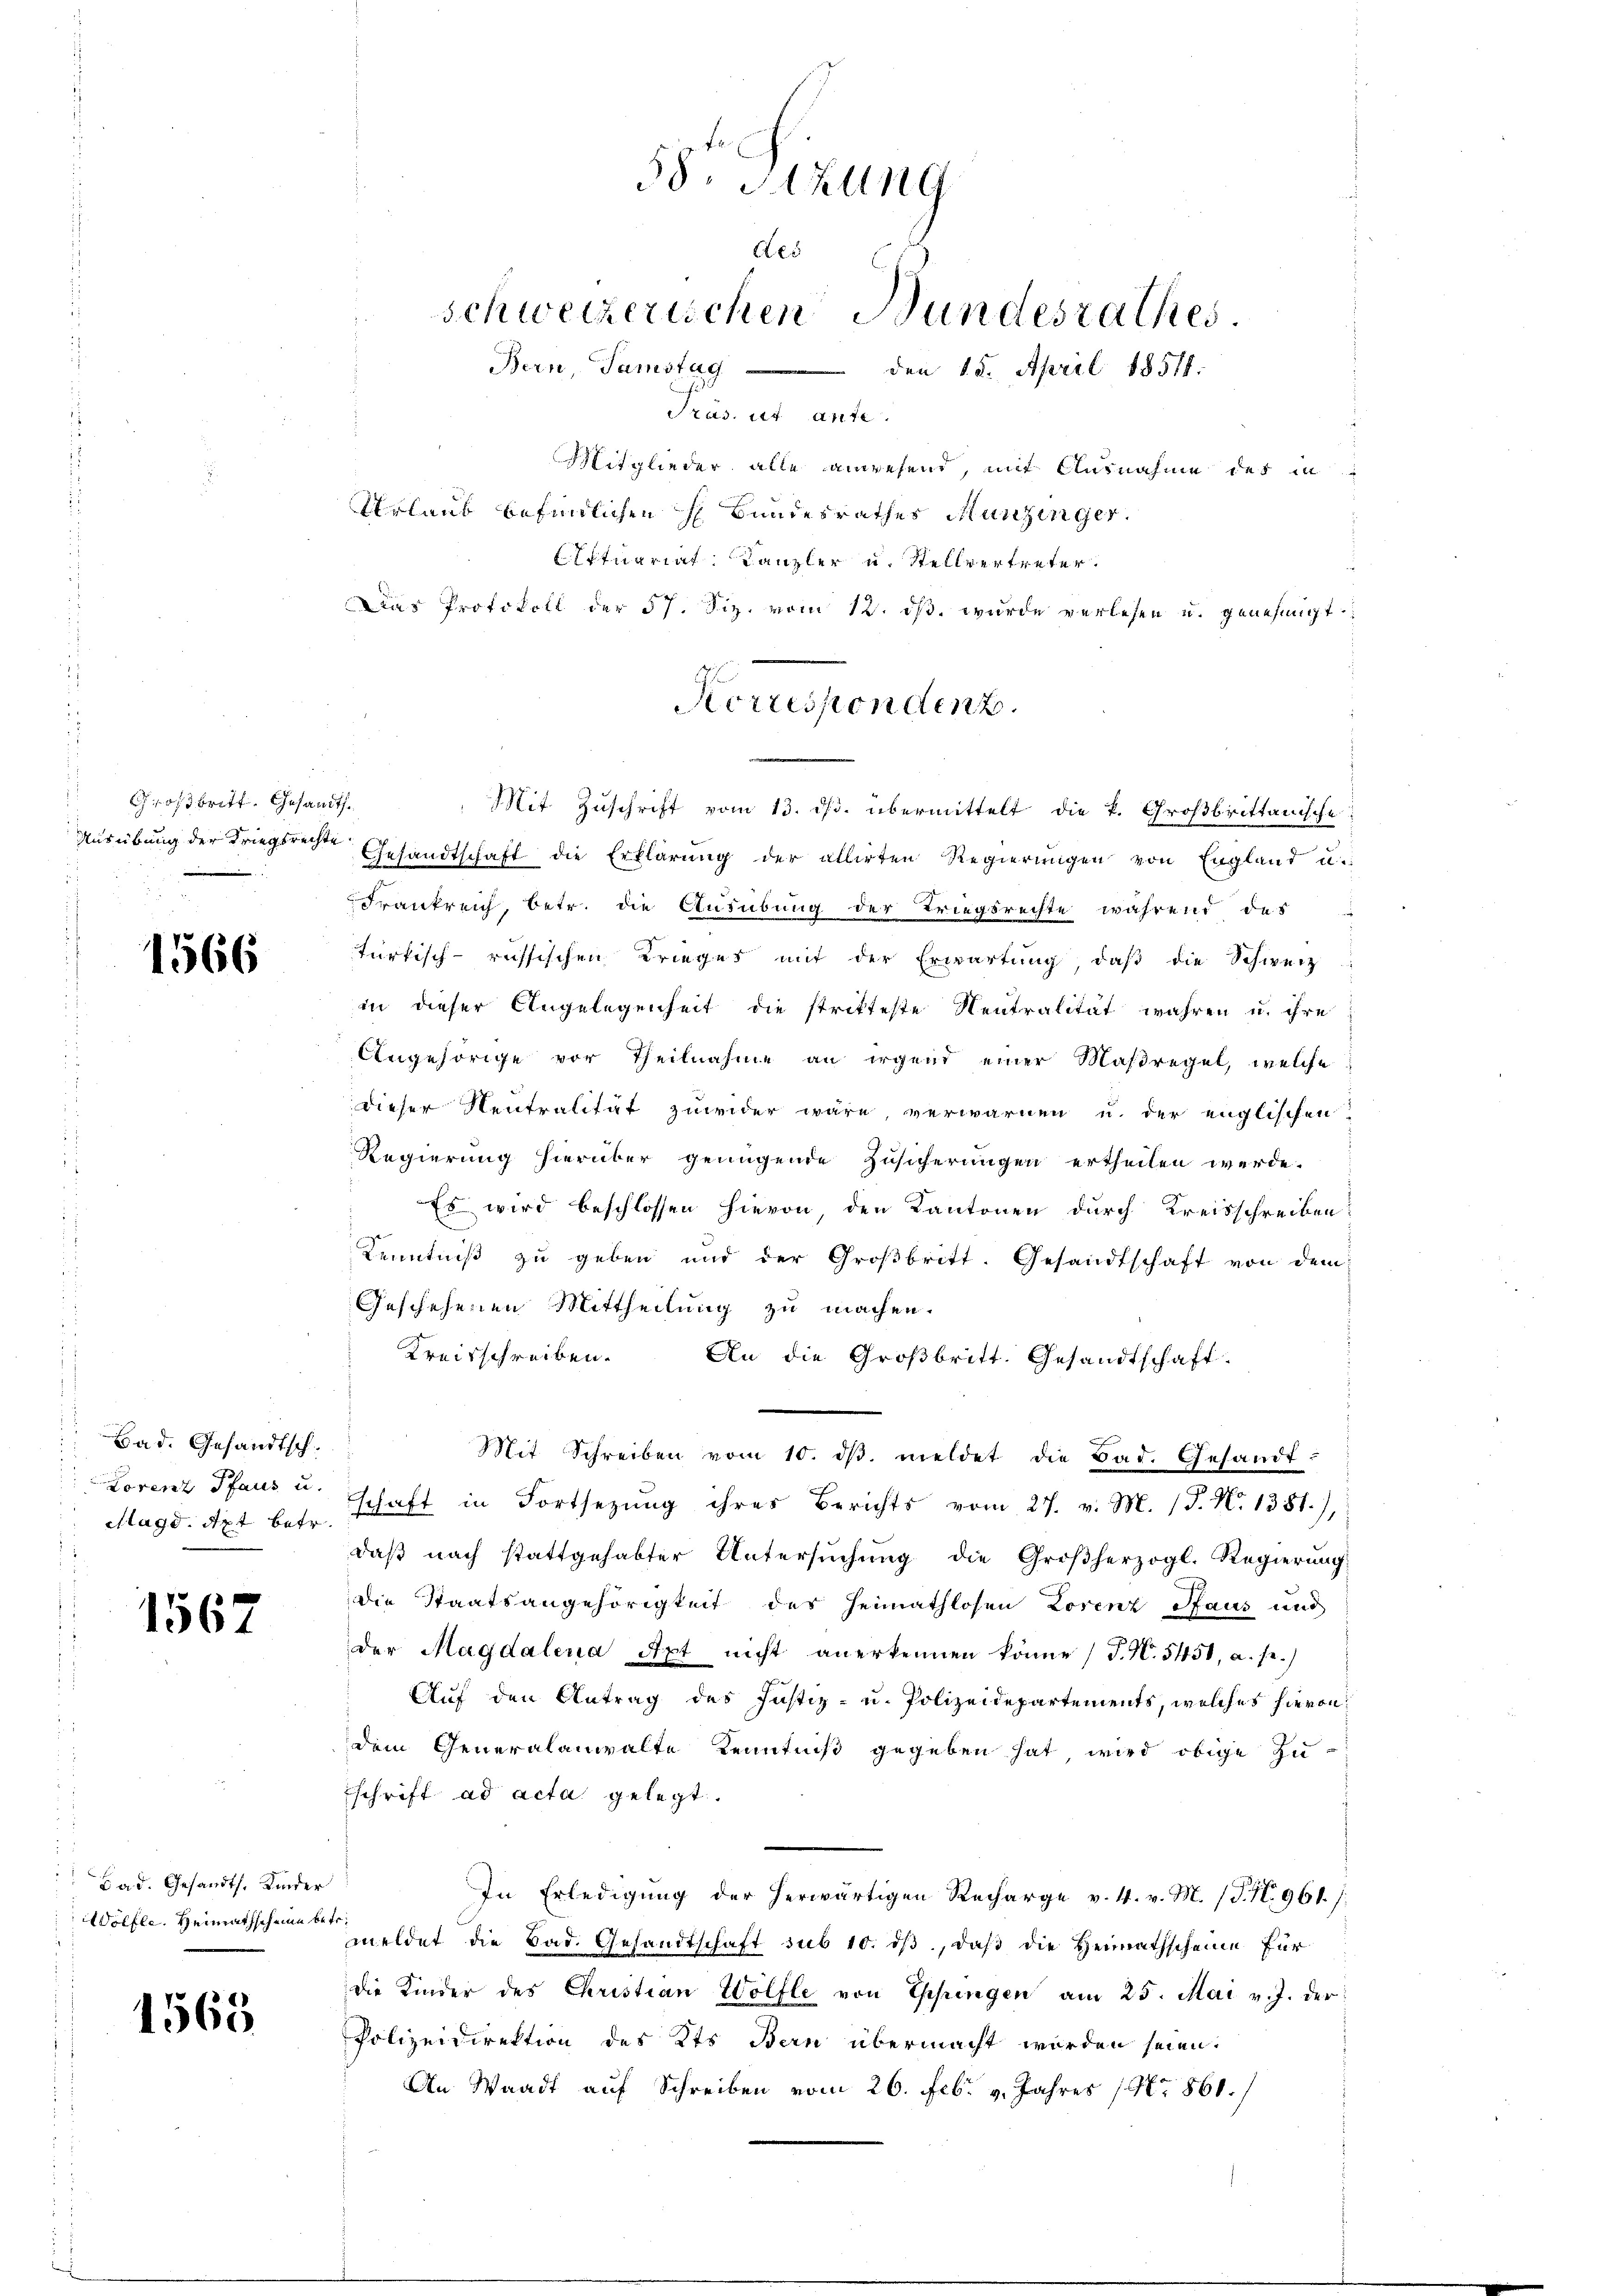
Großbritt. Gesandt.

1566

Bad. Gesandtsch.
Magd, Apt betr.

1567

Bad. Gesandt. Kinder
Wölfle. Heimathscheine betr.

1563.

Mit Zuschrift vom 13. ds. übermittelt die k. Großbrittanische
Ausübung der Kriegsrechte Gesandtschaft die Erklärŭng der allirten Regierŭngen von England u.
Frankreich, betr. die Ausübung der Kriegsrechte während des
türkisch-russischen Krieges mit der Erwartung, daβ die Schweiz
in dieser Angelegenheit die stritteste Neutralität wahren u. ihre
Angehörige vor Theilnahme an irgend einer Maßregel, welche
dieser Neutralität zuwider wäre, verwarnen u. der englischen
Regierung hierüber genügende Zusicherungen ertheilen werde.
 Es wird beschlossen hievon den Kantonen durch Kreisschreiben
Kenntniß zu geben und der Großbritt. Gesandtschaft von dem
Geschehenen Mittheilung zu machen.
Kreisschreiben. An die Großbritt. Gesandtschaft-
Mit Schreiben vom 10. dβ. meldet die Bad. Gesandt:
Lorenz Pfaus u. schaft in Fortsezung ihres Berichts vom 27. v. M. (T. N. 1381),
daβ nach stattgehabter Untersŭchŭng die Großherzogl. Regierŭng
die Staatsangehörigkeit des Heimathlosen Lorenz Haus und
der Magdalena Apt nicht anerkennen könne (T. N. 5451, a. se.)
Auf den Antrag des Justiz- u. Polizeidepartements, welches hievon
dem Generalanwalte Kenntniß gegeben hat, wird obige ZusSchrift ad acta gelegt.
In Erledigung der herwärtigen Recharge v. 4. v. M. (T. N. 961.
meldet die Bad. Gesandtschaft sub 10. dβ, daβ die Heimathscheine für
die Kinder des Christian Wölfle von Espringen am 25. Mai v. J. der
Polizeidirektion des Kts. Bern übermacht worden seien.
An Waadt auf Schreiben vom 26. Febr. v. Jahres (Nr. 861.)

58. Sizung
des
schweizerischen Bundesrathes.
Bern, Tamstag den 18. April 18518.
Präs. ut ante.

Mitglieder alle anwesend, mit Ausnahme des in
Urlaub befindlichen H Bundesrathes Munzinger.
Extuariat Kanzler u. Stellvertreter.
Das Protokoll der 57. Fiz. vom 12. ds. wurde verlesen u. genehmigt.
Korrespondenz.